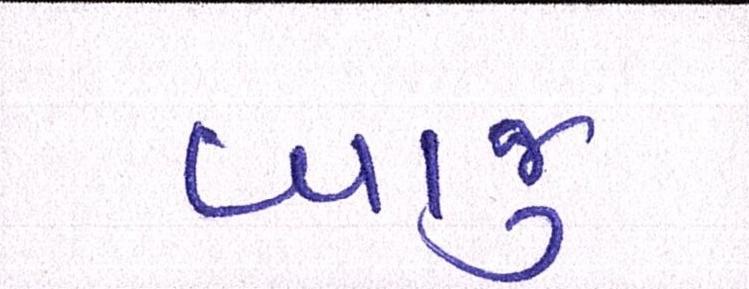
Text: બાજુ